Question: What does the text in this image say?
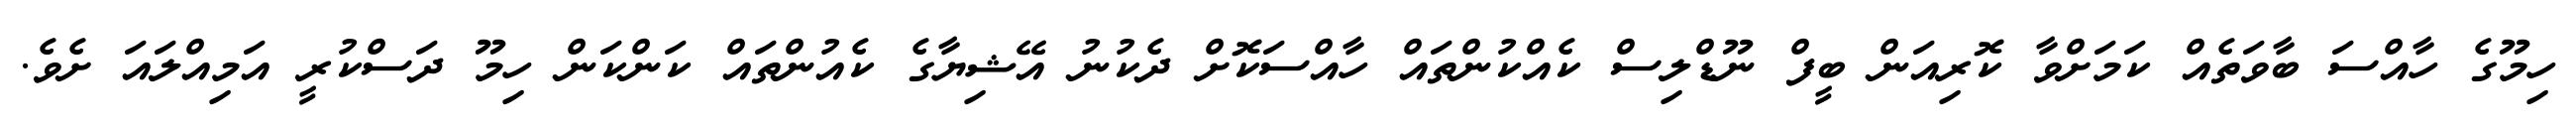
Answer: ހިމޫގެ ހާއްސަ ބާވަތެއް ކަމަށްވާ ކޮރިއަން ބީފް ނޫޑްލިސް ކެއްކުންތައް ހާއްސަކޮށް ދެކުނު އޭޝިޔާގެ ކެއުންތައް ކަންކަން ހިމޫ ދަސްކުރީ އަމިއްލައަ ށެވެ.